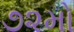
૭૨મો